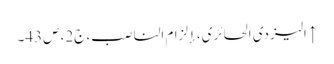
↑ الیزدی الحائری، إلزام الناصب، ج‌2، ص43۔